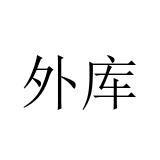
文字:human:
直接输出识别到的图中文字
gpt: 外库